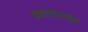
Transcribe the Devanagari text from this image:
भ्रष्टाचाराद्वारे